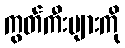
ကွတ်ကီးများကို